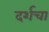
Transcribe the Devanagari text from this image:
दर्शचा